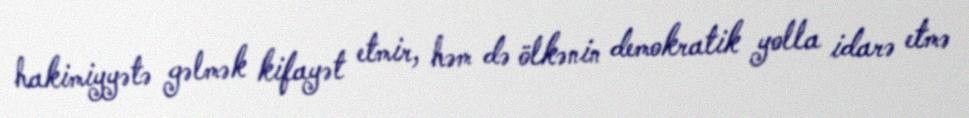
hakimiyyətə gəlmək kifayət etmir, həm də ölkənin demokratik yolla idarə etmə